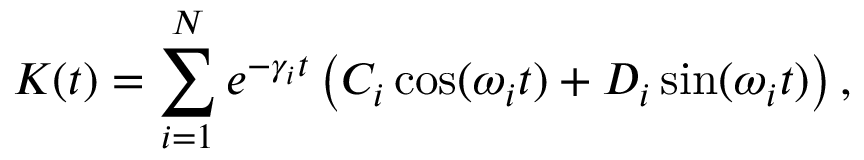
K ( t ) = \sum _ { i = 1 } ^ { N } e ^ { - \gamma _ { i } t } \left( C _ { i } \cos ( \omega _ { i } t ) + D _ { i } \sin ( \omega _ { i } t ) \right) ,